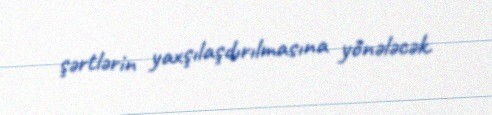
şərtlərin yaxşılaşdırılmasına yönələcək.